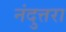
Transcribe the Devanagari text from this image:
नंदुत्तरा